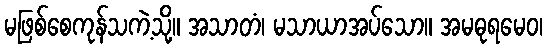
မဖြစ်စေကုန်သကဲ့သို့။ အသာတံ၊ မသာယာအပ်သော။ အမဓုရမေဝ၊